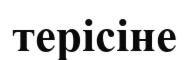
терісіне